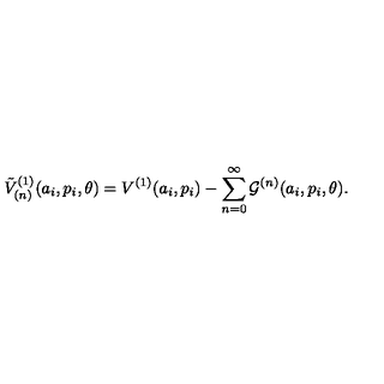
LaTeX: { \tilde { V } } _ { ( n ) } ^ { ( 1 ) } ( a _ { i } , p _ { i } , \theta ) = V ^ { ( 1 ) } ( a _ { i } , p _ { i } ) - \sum _ { n = 0 } ^ { \infty } { \cal G } ^ { ( n ) } ( a _ { i } , p _ { i } , \theta ) .